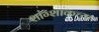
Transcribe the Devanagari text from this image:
शांग्शाकच्या